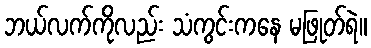
ဘယ်လက်ကိုလည်း သံကွင်းကနေ မဖြုတ်ရဲ။